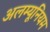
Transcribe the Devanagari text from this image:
अलम्यूनियम